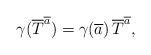
LaTeX: \begin{align*} \gamma(\overline{T}^{\overline{a}}) = \gamma(\overline{a}) \, \overline{T}^{\overline{a}},\end{align*}